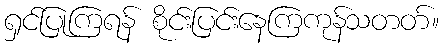
ရှင်ပြုကြရန် စိုင်းပြင်းနေကြကုန်သတတ်။